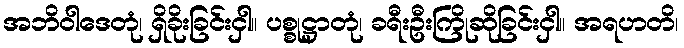
အဘိဝါဒေတုံ၊ ရှိခိုးခြင်းငှါ။ ပစ္စုဋ္ဌာတုံ၊ ခရီးဦးကြိုဆိုခြင်းငှါ။ အရဟတိ၊